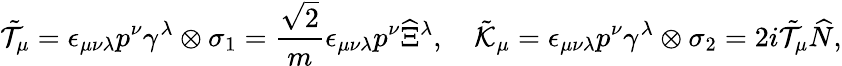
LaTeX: \tilde{\cal T}_{\mu}=\epsilon_{\mu\nu\lambda}p^{\nu}\gamma^{\lambda}\otimes\sigma_{1}=\frac{\sqrt{2}}{m}\epsilon_{\mu\nu\lambda}p^{\nu}\widehat{\Xi}{}^{\lambda},\quad\tilde{\cal K}_{\mu}=\epsilon_{\mu\nu\lambda}p^{\nu}\gamma^{\lambda}\otimes\sigma_{2}=2i\tilde{\cal T}_{\mu}\widehat{N},